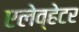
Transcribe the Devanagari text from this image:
एलेव्हेटर